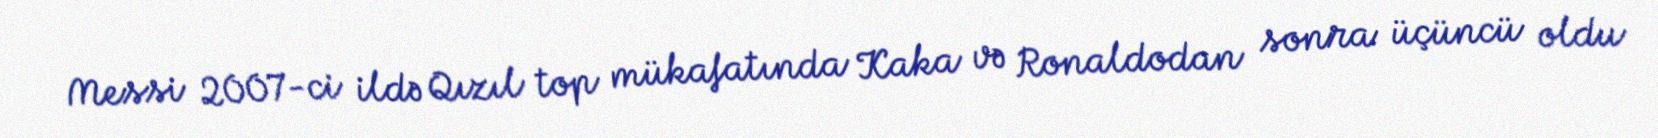
Messi 2007-ci ildə Qızıl top mükafatında Kaka və Ronaldodan sonra üçüncü oldu